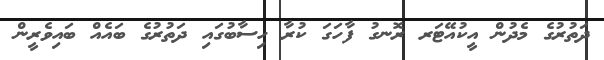
ދަތުރުގެ މެދުން އީކުއޭޓަރ ރޮނގު ފާހަގަ ކުރާ ހިސާބުގައި ދަތުރުގެ ބައެއް ބައިވެރީން